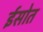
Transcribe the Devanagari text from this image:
ईसोत